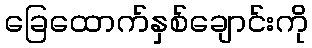
ခြေထောက်နှစ်ချောင်းကို